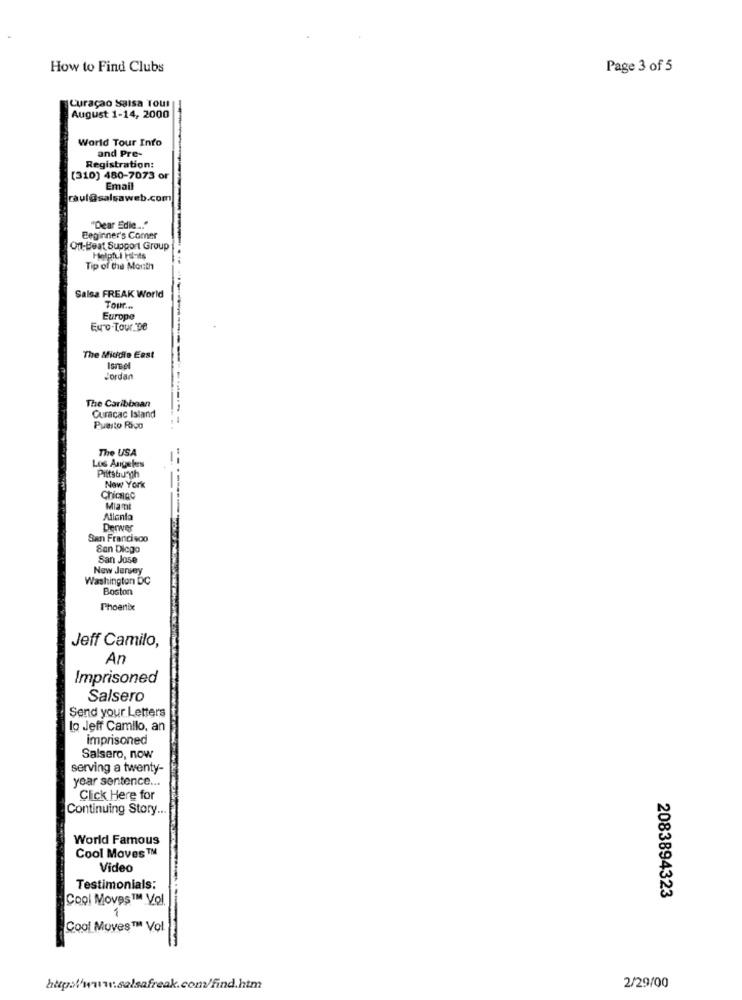
How to Find Clubs
Page 3 of 5
Curaçao Salsa Tout
August 1-14, 2000
World Tour Info
and Pre-
Registration:
[310) 480-7073 or
Email
raul@salsaweb.com
"Dear Edie ... "
Beginner's Comer
On-Beat Support Group
Helpful Hints
Tip of the Month
Salsa FREAK World
Tour ...
Europe
Euro-Tour De
The Middle East
Israel
Jordan
The Caribbean
Curacac Island
Puerto Rico
The USA
Los Angeles
Pittsburgh
New York
Chicago
Mia Tit
Allenia
Derwer
San Francisco
San Diego
San Jose
New Jersey
Washington DC
Boston
Phoenix
Jeff Camilo,
An
Imprisoned
Salsero
Send your Letters
lo Jeff Camilo, an
imprisoned
Salsero, now
serving a twenty-
year sentence ...
Click Here for
Continuing Story ...
World Famous
Cool Moves ™
Video
Testimonials:
Cool Moves ™ Vol
2083894323
1
Cool Moves™ Vol.
http:/www.salsafreak.com/find.htm
2/29/00